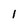
Character: 1